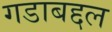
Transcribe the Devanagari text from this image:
गडाबद्दल